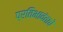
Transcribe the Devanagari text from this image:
प्रतिभावंताचे